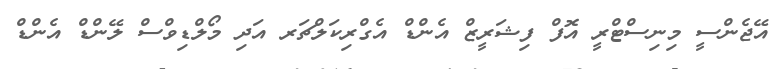
އޭޖެންސީ މިނިސްޓްރީ އޮފް ފިޝަރީޒް އެންޑް އެގްރިކަލްޗަރ އަދި މޯލްޑިވްސް ލޭންޑް އެންޑް